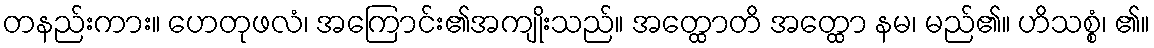
တနည်းကား။ ဟေတုဖလံ၊ အကြောင်း၏အကျိုးသည်။ အတ္ထောတိ အတ္ထော နမ၊ မည်၏။ ဟိသစ္စံ၊ ၏။